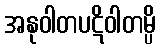
အနုဝါတပဋိဝါတမ္ပိ